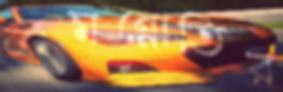
ক্রমন্নোতির